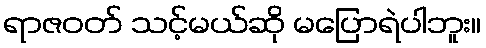
ရာဇဝတ် သင့်မယ်ဆို မပြောရဲပါဘူး။